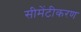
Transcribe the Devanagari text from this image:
सीमेंटीकरण